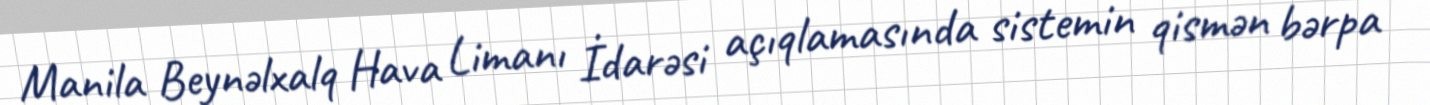
Manila Beynəlxalq Hava Limanı İdarəsi açıqlamasında sistemin qismən bərpa